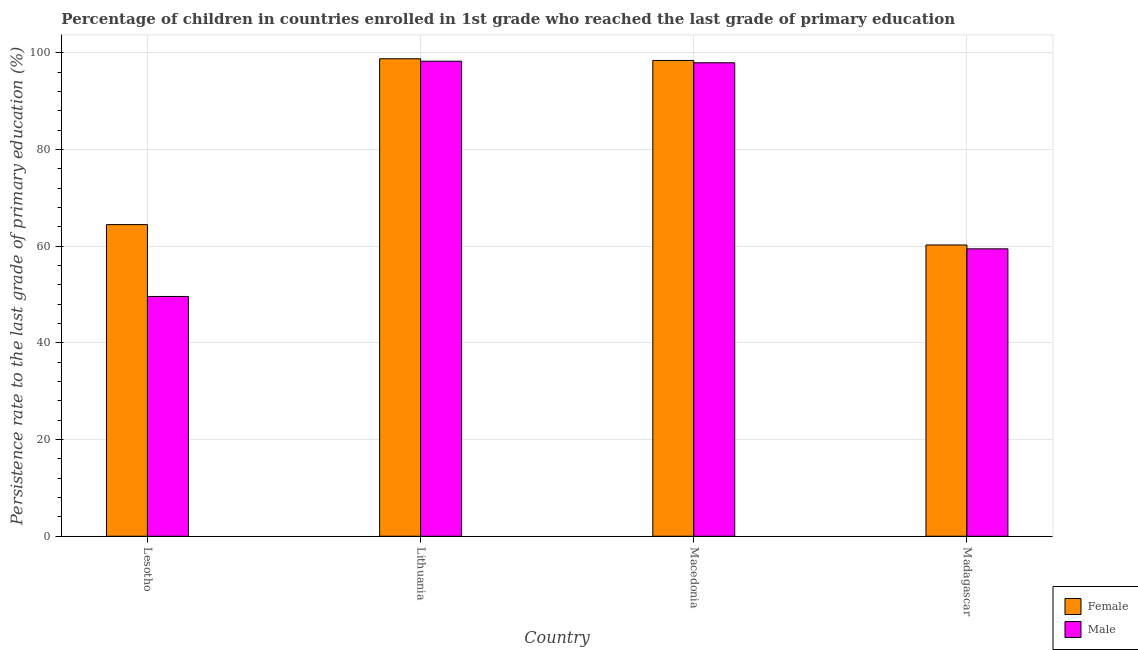
| Country | Female | Male |
 | --- | --- | --- |
 | Lesotho | 64.5 | 49.6 |
 | Lithuania | 98.8 | 98.3 |
 | Macedonia | 98.4 | 98 |
 | Madagascar | 60.3 | 59.5 |